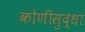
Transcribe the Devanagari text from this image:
कोणीसुद्धा